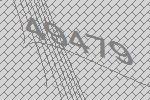
49479